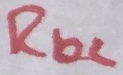
Text: RL2